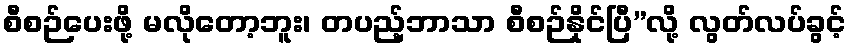
စီစဉ်ပေးဖို့ မလိုတော့ဘူး၊ တပည့်ဘာသာ စီစဉ်နိုင်ပြီ”လို့ လွတ်လပ်ခွင့်